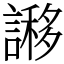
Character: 謻